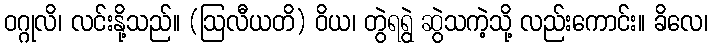
ဝဂ္ဂုလိ၊ လင်းနို့သည်။ (ဩလီယတိ) ဝိယ၊ တွဲရရွဲ ဆွဲသကဲ့သို့ လည်းကောင်း။ ခိလေ၊